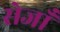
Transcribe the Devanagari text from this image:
सेजाँ